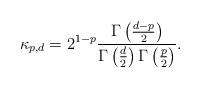
LaTeX: \begin{align*}\kappa_{p,d} = 2^{1-p}\frac{\Gamma\left(\frac{d-p}{2}\right)}{\Gamma\left(\frac{d}{2}\right)\Gamma\left(\frac{p}{2}\right)}.\end{align*}